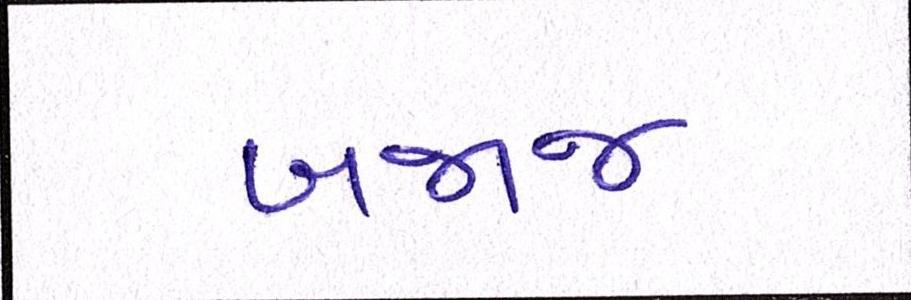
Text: બજાજ